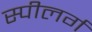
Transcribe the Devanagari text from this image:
स्पीलर्ग